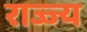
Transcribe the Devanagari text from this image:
राज्ज्य